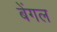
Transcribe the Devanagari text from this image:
बेंगल